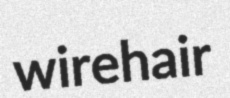
wirehair